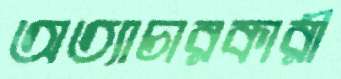
অত্যাচারকারী